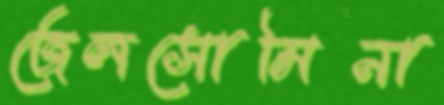
জেলসোমিনা